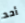
أحد